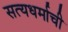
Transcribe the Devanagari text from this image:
सत्यधर्माची